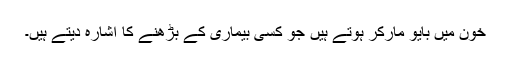
خون میں بایو مارکر ہوتے ہیں جو کسی بیماری کے بڑھنے کا اشارہ دیتے ہیں۔